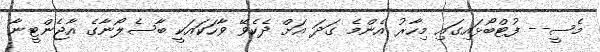
މެސީ-- ފުޓްބޯޅައިގައި މިހާރު އެންމެ ގަދަ އަށް ދެކެވޭ ވާހަކައަކީ ބާސެލޯނާގެ އާޖެންޓީނާ